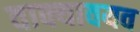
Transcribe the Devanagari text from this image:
वाक्यावयव